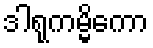
ဒါရုကမ္မိကော